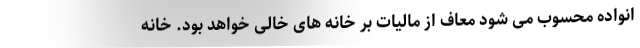
انواده محسوب می شود معاف از مالیات بر خانه های خالی خواهد بود. خانه